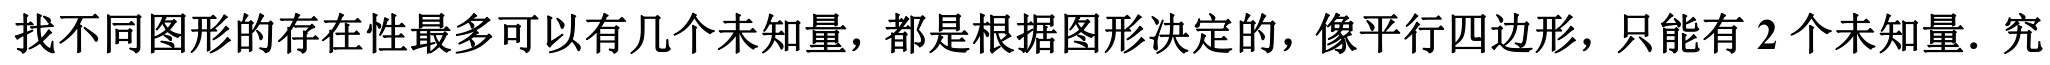
找不同图形的存在性最多可以有几个未知量，都是根据图形决定的，像平行四边形，只能有 \(2\) 个未知量．究